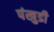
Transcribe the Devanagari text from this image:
पंखुडी